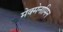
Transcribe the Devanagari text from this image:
मेक्मेनामिन